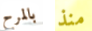
بالمرح منذ